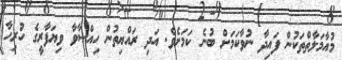
މުއާމަލާތްތަކުން ފައިދާ ނުވާކަމަށް ބުނެ ކަމަށެވެ. އަދި ރައްޔިތުން ހިއްސާވާ ވިޔަފާރީގެ ހުރިހާ